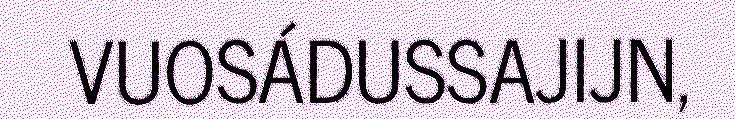
VUOSÁDUSSAJIJN,